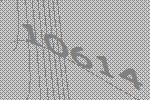
10614